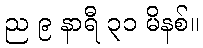
ည ၉ နာရီ ၃၁ မိနစ်။